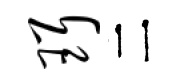
珥二